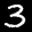
Label: 3